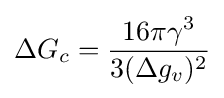
\Delta G_{c}={\frac {16\pi \gamma ^{3}}{3(\Delta g_{v})^{2}}}